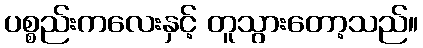
ပစ္စည်းကလေးနှင့် တူသွားတော့သည်။